Annual report on the working of the lock hospitals in the North-Western Provinces and Oudh
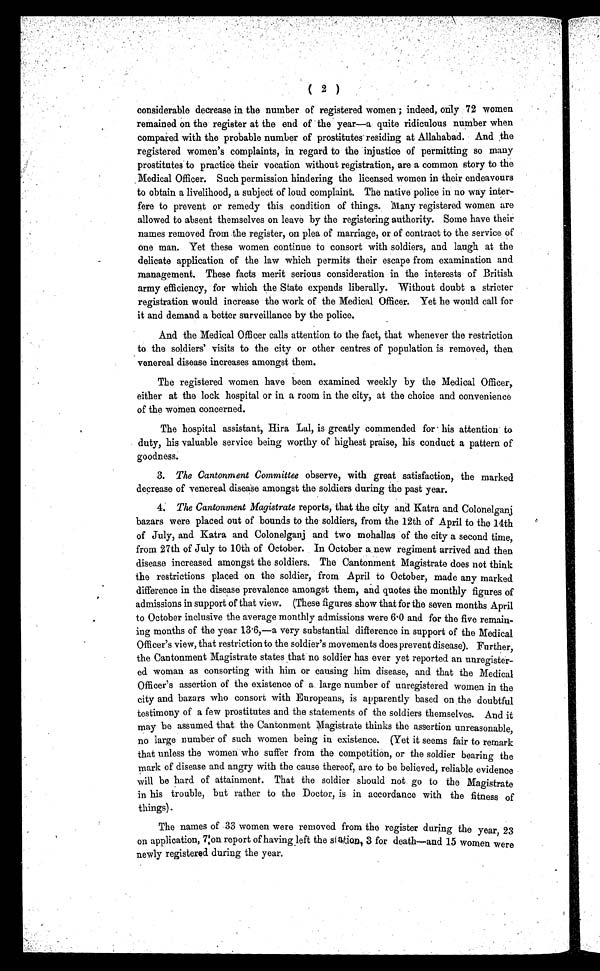
( 2 )
considerable decrease in the number of registered women; indeed, only 72 women
remained on the register at the end of the year—a quite ridiculous number when
compared with the probable number of prostitutes residing at Allahabad. And the
registered women's complaints, in regard to the injustice of permitting so many
prostitutes to practice their vocation without registration, are a common story to the
Medical Officer. Such permission hindering the licensed women in their endeavours
to obtain a livelihood, a subject of loud complaint. The native police in no way inter-
fere to prevent or remedy this condition of things. Many registered women are
allowed to absent themselves on leave by the registering authority. Some have their
names removed from the register, on plea of marriage, or of contract to the service , of
one man. Yet these women continue to consort with soldiers, and laugh at the
delicate application of the law which permits their escape from examination and
management. These facts merit serious consideration in the interests of British
army efficiency, for which the State expends liberally. Without doubt a stricter
registration would increase the work of the Medical Officer. Yet he would call for
it and demand a better surveillance by the police.
And the Medical Officer calls attention to the fact, that whenever the restriction
to the soldiers' visits to the city or other centres of population is removed, then
venereal disease increases amongst them.
The registered women have been examined weekly by the Medical Officer,
either at the lock hospital or in a room in the city, at the choice and convenience
of the women concerned.
The hospital assistant, Hira Lal, is greatly commended for his attention to
duty, his valuable service being worthy of highest praise, his conduct a pattern of
goodness.
3. The Cantonment Committee observe, with great satisfaction, the marked
decrease of venereal disease amongst the soldiers during the past year.
4. The Cantonment Magistrate reports, that the city and Katra and Colonelganj
bazars were placed out of bounds to the soldiers, from the 12th of April to the 14th
of July, and Katra and Colonelganj and two mohallas of the city a second time,
from 27th of July to 10th of October. In October a new regiment arrived and then
disease increased amongst the soldiers. The Cantonment Magistrate does not think
the restrictions placed on the soldier, from April to October, made any marked
difference in the disease prevalence amongst them, and quotes the monthly figures of
admissions in support of that view. (These figures show that for the seven months April
to October inclusive the average monthly admissions were 6.0 and for the five remain-
ing months of the year 13.6,—a very substantial difference in support of the Medical
Officer's view, that restriction to the soldier's movements does prevent disease). Further,
the Cantonment Magistrate states that no soldier has ever yet reported an unregister-
ed woman as consorting with him or causing him disease, and that the Medical
Officer's assertion of the existence of a large number of unregistered women in the
city and bazars who consort with Europeans, is apparently based on the doubtful
testimony of a few prostitutes and the statements of the soldiers themselves. And it
may be assumed that the Cantonment Magistrate thinks the assertion unreasonable,
no large number of such women being in existence. (Yet it seems fair to remark
that unless the women who suffer from the competition, or the soldier bearing the
mark of disease and angry with the cause thereof, are to be believed, reliable evidence
will be hard of attainment. That the soldier should not go to the Magistrate
in his trouble, but rather to the Doctor, is in accordance with the fitness of
things).
The names of 33 women were removed from the register during the year 23
on application, 7 on report of having left the station 3 for death—and 15 women were
newly registered during the year.